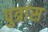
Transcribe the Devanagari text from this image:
पुत्रांस